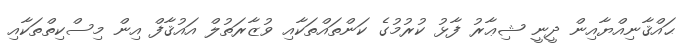
ޙައްޤާނިއްޔާއިން ދީނީ ޝިޢާރު ފާޅު ކުރުމުގެ ކަންތައްތަކާއި ވުޒާރަތުލް އައުޤާފް އިން މިސްކިތްތަކާއި